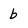
Character: b